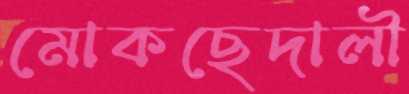
মোকছেদালী